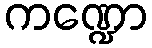
ကဏ္ဍော